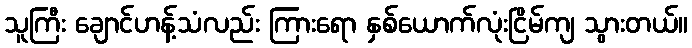
သူကြီး ချောင်ဟန့်သံလည်း ကြားရော နှစ်ယောက်လုံးငြိမ်ကျ သွားတယ်။